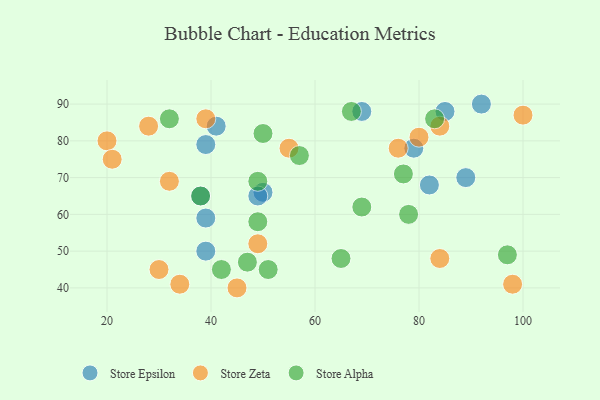
{"axis": {"x": "GDP", "y": "Life Expectancy"}, "legend": ["Store Alpha", "Store Epsilon", "Store Zeta"], "data": [{"x": "50", "y": 66, "type": "Store Epsilon"}, {"x": "92", "y": 90, "type": "Store Epsilon"}, {"x": "85", "y": 88, "type": "Store Epsilon"}, {"x": "39", "y": 79, "type": "Store Epsilon"}, {"x": "69", "y": 88, "type": "Store Epsilon"}, {"x": "38", "y": 65, "type": "Store Epsilon"}, {"x": "79", "y": 78, "type": "Store Epsilon"}, {"x": "39", "y": 50, "type": "Store Epsilon"}, {"x": "39", "y": 59, "type": "Store Epsilon"}, {"x": "41", "y": 84, "type": "Store Epsilon"}, {"x": "49", "y": 65, "type": "Store Epsilon"}, {"x": "82", "y": 68, "type": "Store Epsilon"}, {"x": "89", "y": 70, "type": "Store Epsilon"}, {"x": "34", "y": 41, "type": "Store Zeta"}, {"x": "100", "y": 87, "type": "Store Zeta"}, {"x": "76", "y": 78, "type": "Store Zeta"}, {"x": "49", "y": 52, "type": "Store Zeta"}, {"x": "28", "y": 84, "type": "Store Zeta"}, {"x": "32", "y": 69, "type": "Store Zeta"}, {"x": "20", "y": 80, "type": "Store Zeta"}, {"x": "98", "y": 41, "type": "Store Zeta"}, {"x": "84", "y": 48, "type": "Store Zeta"}, {"x": "84", "y": 84, "type": "Store Zeta"}, {"x": "39", "y": 86, "type": "Store Zeta"}, {"x": "30", "y": 45, "type": "Store Zeta"}, {"x": "80", "y": 81, "type": "Store Zeta"}, {"x": "45", "y": 40, "type": "Store Zeta"}, {"x": "21", "y": 75, "type": "Store Zeta"}, {"x": "55", "y": 78, "type": "Store Zeta"}, {"x": "77", "y": 71, "type": "Store Alpha"}, {"x": "67", "y": 88, "type": "Store Alpha"}, {"x": "47", "y": 47, "type": "Store Alpha"}, {"x": "83", "y": 86, "type": "Store Alpha"}, {"x": "78", "y": 60, "type": "Store Alpha"}, {"x": "42", "y": 45, "type": "Store Alpha"}, {"x": "97", "y": 49, "type": "Store Alpha"}, {"x": "49", "y": 58, "type": "Store Alpha"}, {"x": "50", "y": 82, "type": "Store Alpha"}, {"x": "38", "y": 65, "type": "Store Alpha"}, {"x": "69", "y": 62, "type": "Store Alpha"}, {"x": "49", "y": 69, "type": "Store Alpha"}, {"x": "57", "y": 76, "type": "Store Alpha"}, {"x": "32", "y": 86, "type": "Store Alpha"}, {"x": "65", "y": 48, "type": "Store Alpha"}, {"x": "51", "y": 45, "type": "Store Alpha"}]}